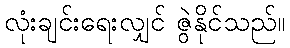
လုံးချင်းရေးလျှင် ဇွဲနိုင်သည်။